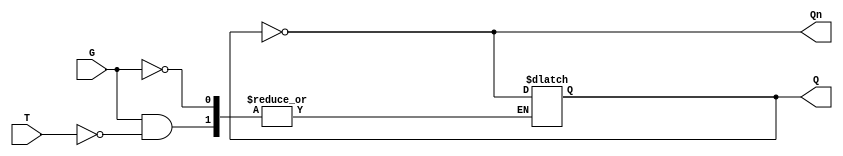
module Gated_T_Latch (
    input wire T,  // Toggle input
    input wire G,  // Gate signal
    output reg Q,  // Current state
    output wire Qn // Complement of current state
);

// Output complement
assign Qn = ~Q;

// Always block to define behavior of the latch
always @(*) begin
    if (G) begin
        if (T) begin
            Q <= ~Q; // Toggle Q if T is high
        end
        // If T is low, Q remains unchanged due to the reg type
    end
    // If G is low, Q also remains unchanged
end

endmodule